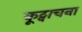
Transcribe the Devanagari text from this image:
कूट्वाचना